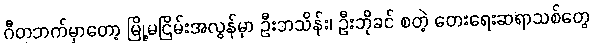
ဂီတဘက်မှာတော့ မြို့မငြိမ်းအလွန်မှာ ဦးဘသိန်း၊ ဦးဘိုခင် စတဲ့ တေးရေးဆရာသစ်တွေ